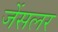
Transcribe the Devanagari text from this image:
जेंसलर